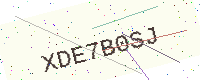
Text: XDE7B0SJ